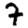
Digit: 7